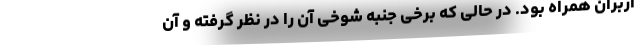
اربران همراه بود. در حالی که برخی جنبه شوخی آن را در نظر گرفته و آن